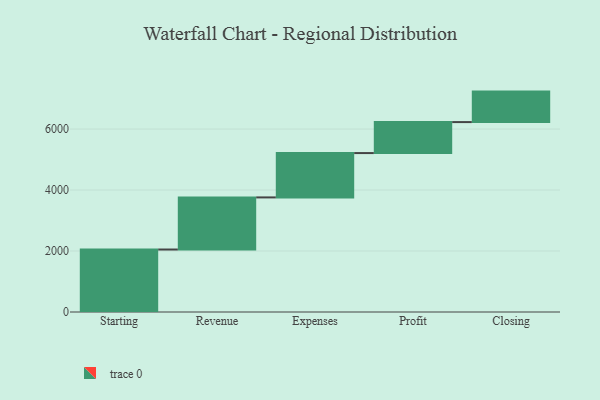
{"axis": {"x": "Step", "y": "Value"}, "legend": [""], "data": [{"x": "Starting", "y": 2049.0, "type": ""}, {"x": "Revenue", "y": 1709.0, "type": ""}, {"x": "Expenses", "y": 1454.0, "type": ""}, {"x": "Profit", "y": 1016.0, "type": ""}, {"x": "Closing", "y": 1000, "type": ""}]}